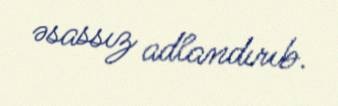
əsassız adlandırıb.